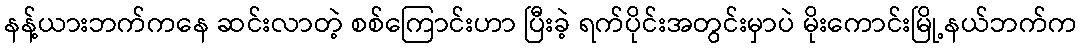
နန့်ယားဘက်ကနေ ဆင်းလာတဲ့ စစ်ကြောင်းဟာ ပြီးခဲ့ ရက်ပိုင်းအတွင်းမှာပဲ မိုးကောင်းမြို့နယ်ဘက်က